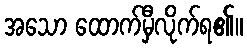
အသော ထောက်မှီလိုက်ရ၏။